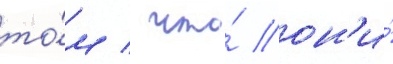
то́м / что́ он'и́